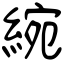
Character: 綩